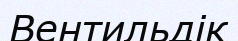
Вентильдік